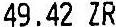
49.42 ZR